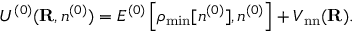
{ \cal U } ^ { ( 0 ) } ( { \bf R } , n ^ { ( 0 ) } ) = { \cal E } ^ { ( 0 ) } \left[ \rho _ { \mathrm { m i n } } [ n ^ { ( 0 ) } ] , n ^ { ( 0 ) } \right] + V _ { \mathrm { n n } } ( { \bf R } ) .